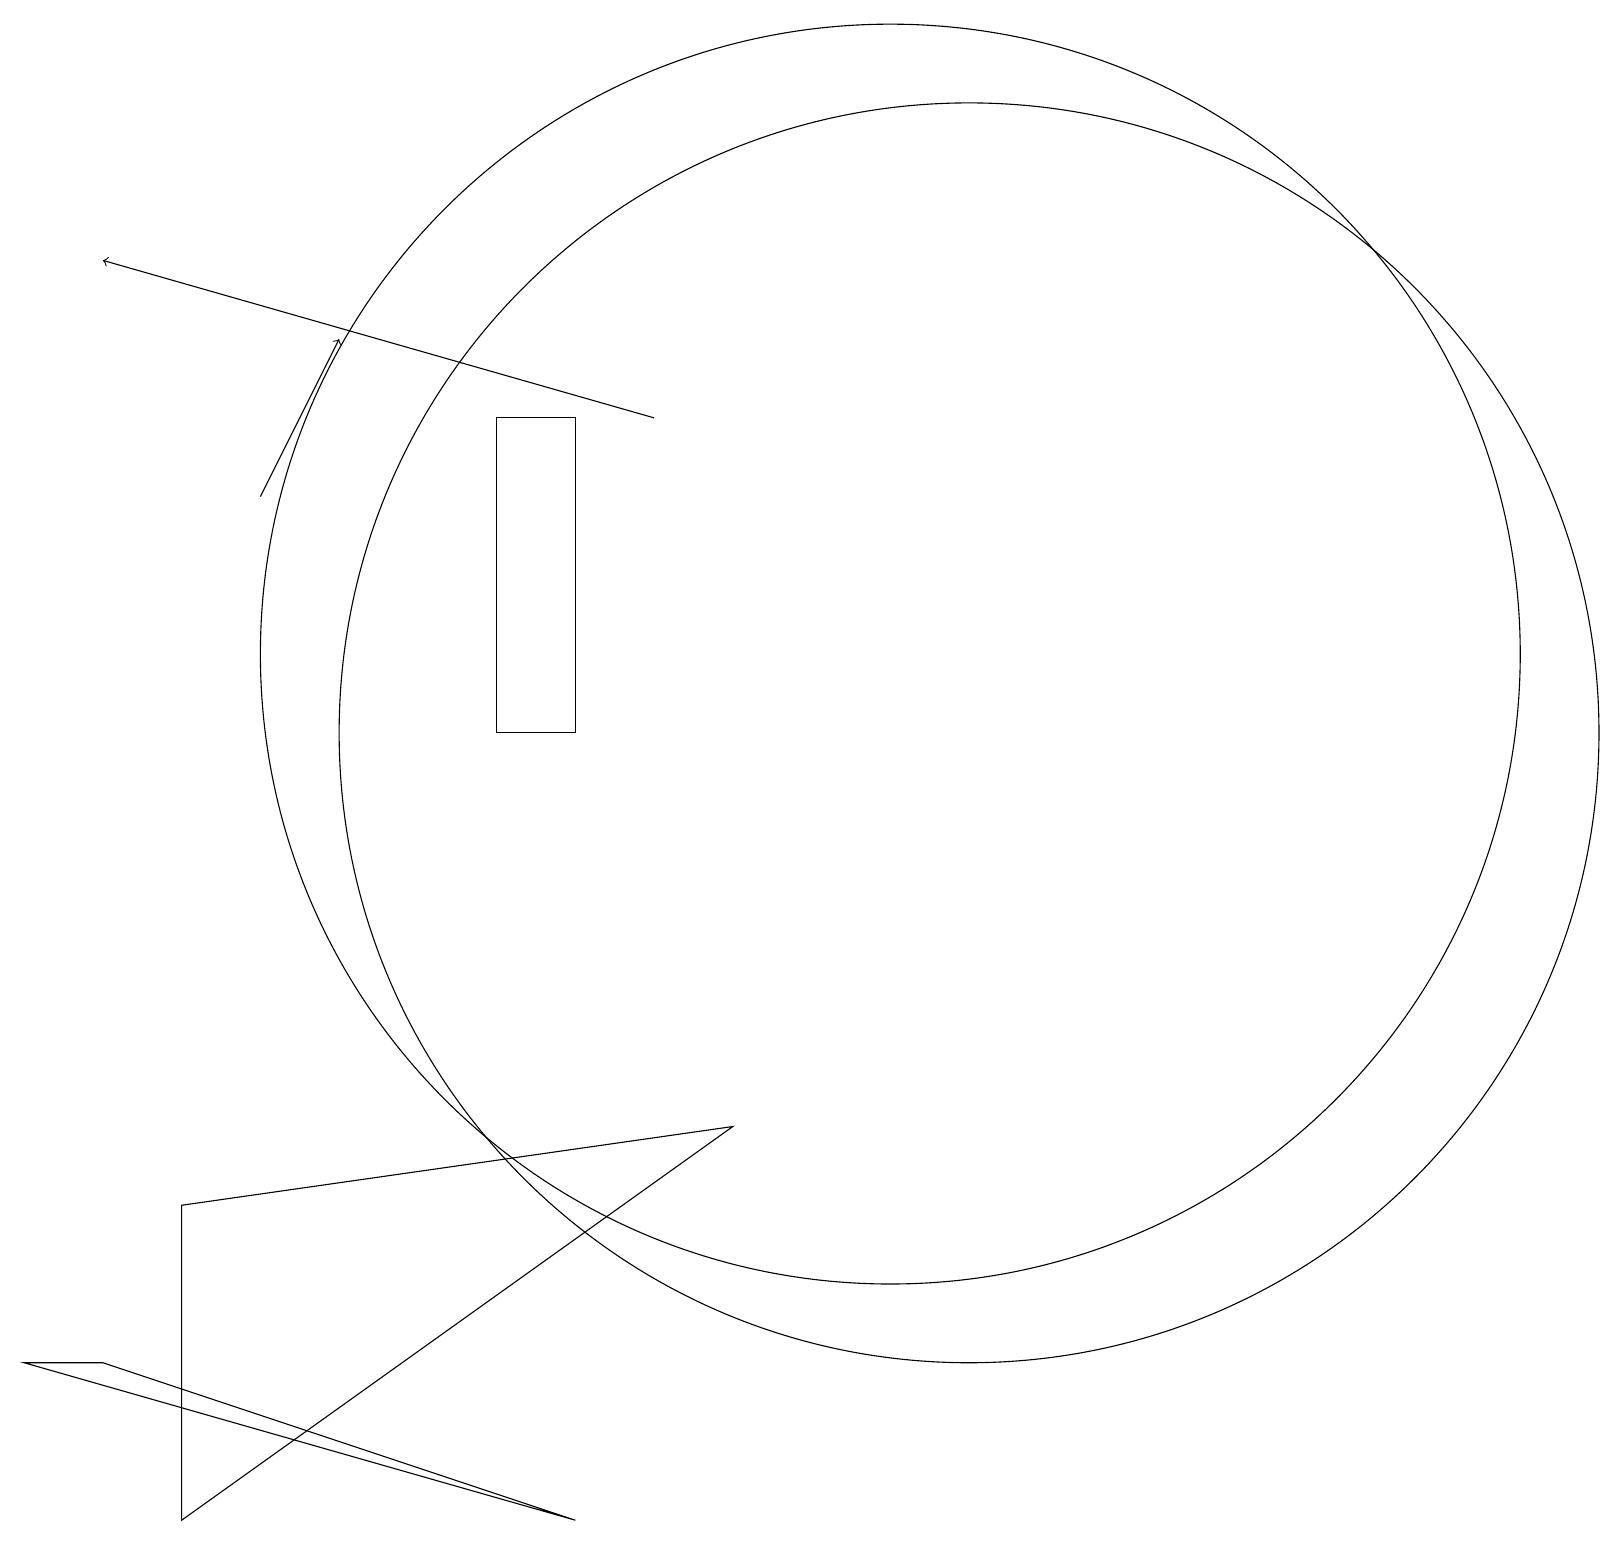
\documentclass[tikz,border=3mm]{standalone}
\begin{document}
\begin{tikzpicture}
\draw (11,12) circle (8);
\draw[->] (3,14) -- (4,16);
\draw (1,3) -- (0,3) -- (7,1) -- cycle;
\draw (2,5) -- (2,1) -- (9,6) -- cycle;
\draw (7,11) rectangle (6,15);
\draw (12,11) circle (8);
\draw[->] (8,15) -- (1,17);
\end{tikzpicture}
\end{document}